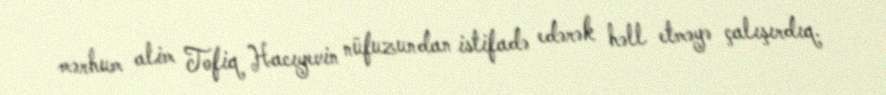
mərhum alim Tofiq Hacıyevin nüfuzundan istifadə edərək həll etməyə çalışırdıq.